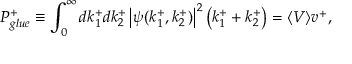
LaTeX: P _ { g l u e } ^ { + } \equiv \int _ { 0 } ^ { \infty } d k _ { 1 } ^ { + } d k _ { 2 } ^ { + } \left| \psi ( k _ { 1 } ^ { + } , k _ { 2 } ^ { + } ) \right| ^ { 2 } \left( k _ { 1 } ^ { + } + k _ { 2 } ^ { + } \right) = \langle V \rangle v ^ { + } ,